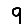
Digit: 9